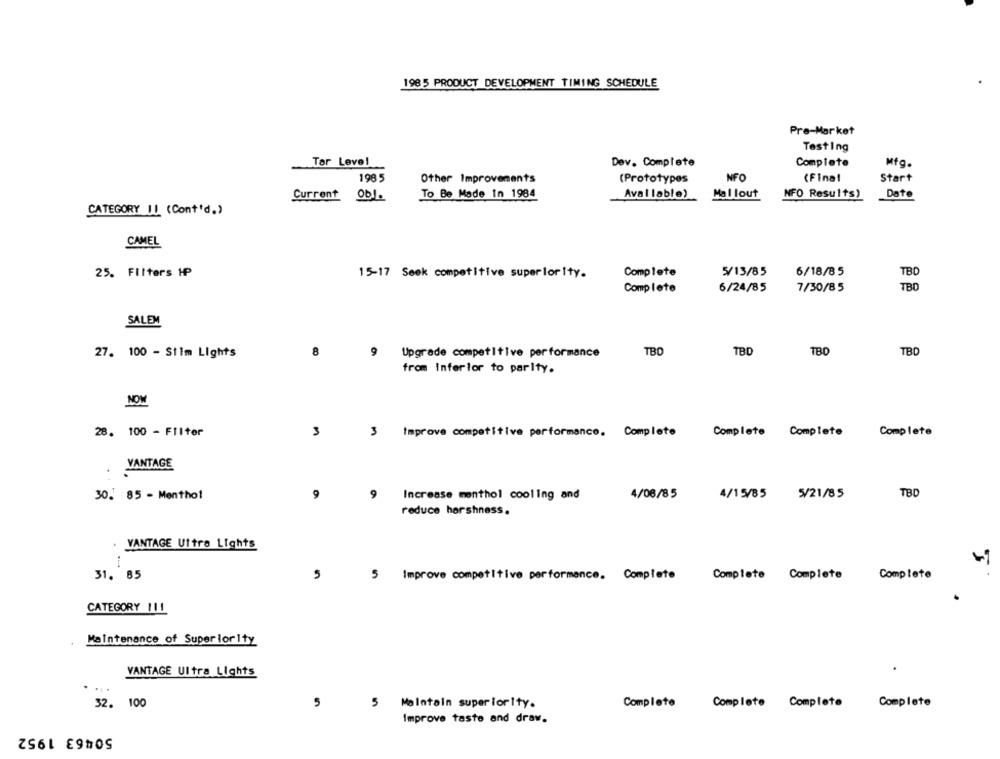
1985 PRODUCT DEVELOPMENT TIMING SCHEDULE
Pre-Market
Testing
Tar Leve!
Dev. Complete
Complete
Mfg.
198 5
Other Improvements
(Prototypes
NFO
(Final
Start
Current 001.
To Be Made In 1984
Available)
Mal lout
NFO Results)
Date
CATEGORY IL (Cont'd.)
CAMEL
25. Filters HP
Complete
5/13/85
6/18/85
TBD
15-17 Seek competitive superiority.
Complete
6/24/85
7/30/85
TBD
SALEM
27. 100 - Stim Lights
8
9
Upgrade competitive performance
TBD
TBD
TBD
from Inferior to parity.
NOW
28. 100 - Filter
3
3 Improve competitive performance. Complete
Complete Complete
Complete
VANTAGE
9
TBD
30. 85 - Menthol
9
Increase menthol cooling and
4/06/85
4/15/85
5/21/85
reduce harshness.
. VANTAGE Ultra Lights
31. 85
Improve competitive performance. Complete
Complete Complete
Complete
CATEGORY 111
Maintenance of Superiority
VANTAGE Ultra Lights
32. 100
5
5
Maintain superiorIty.
Complete
Complete Complete
Complete
Improve taste and draw.
50463 1952